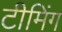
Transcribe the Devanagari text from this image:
टीमिंग